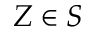
Z \in S